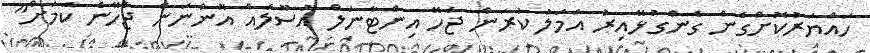
ހައްޔަރުކޮށްގެން ގެންގުޅޭއިރު އަމަލު ކުރަން ޖެހޭ އިންޓާނަލް އުސޫލެއް އޮންނަން ޖެހޭނެ ކަމަށް"